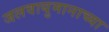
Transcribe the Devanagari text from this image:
जलवायुमानाच्या